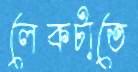
লেকটাতে